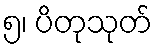
၅၊ ပိတုသုတ်